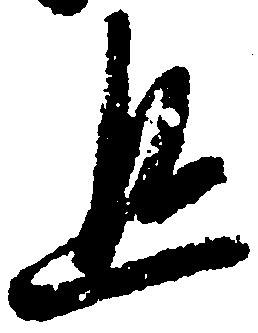
返